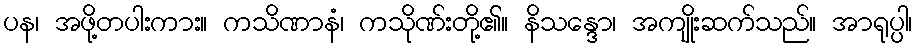
ပန၊ အဖို့တပါးကား။ ကသိဏာနံ၊ ကသိုဏ်းတို့၏။ နိသန္ဒော၊ အကျိုးဆက်သည်။ အာရုပ္ပါ၊